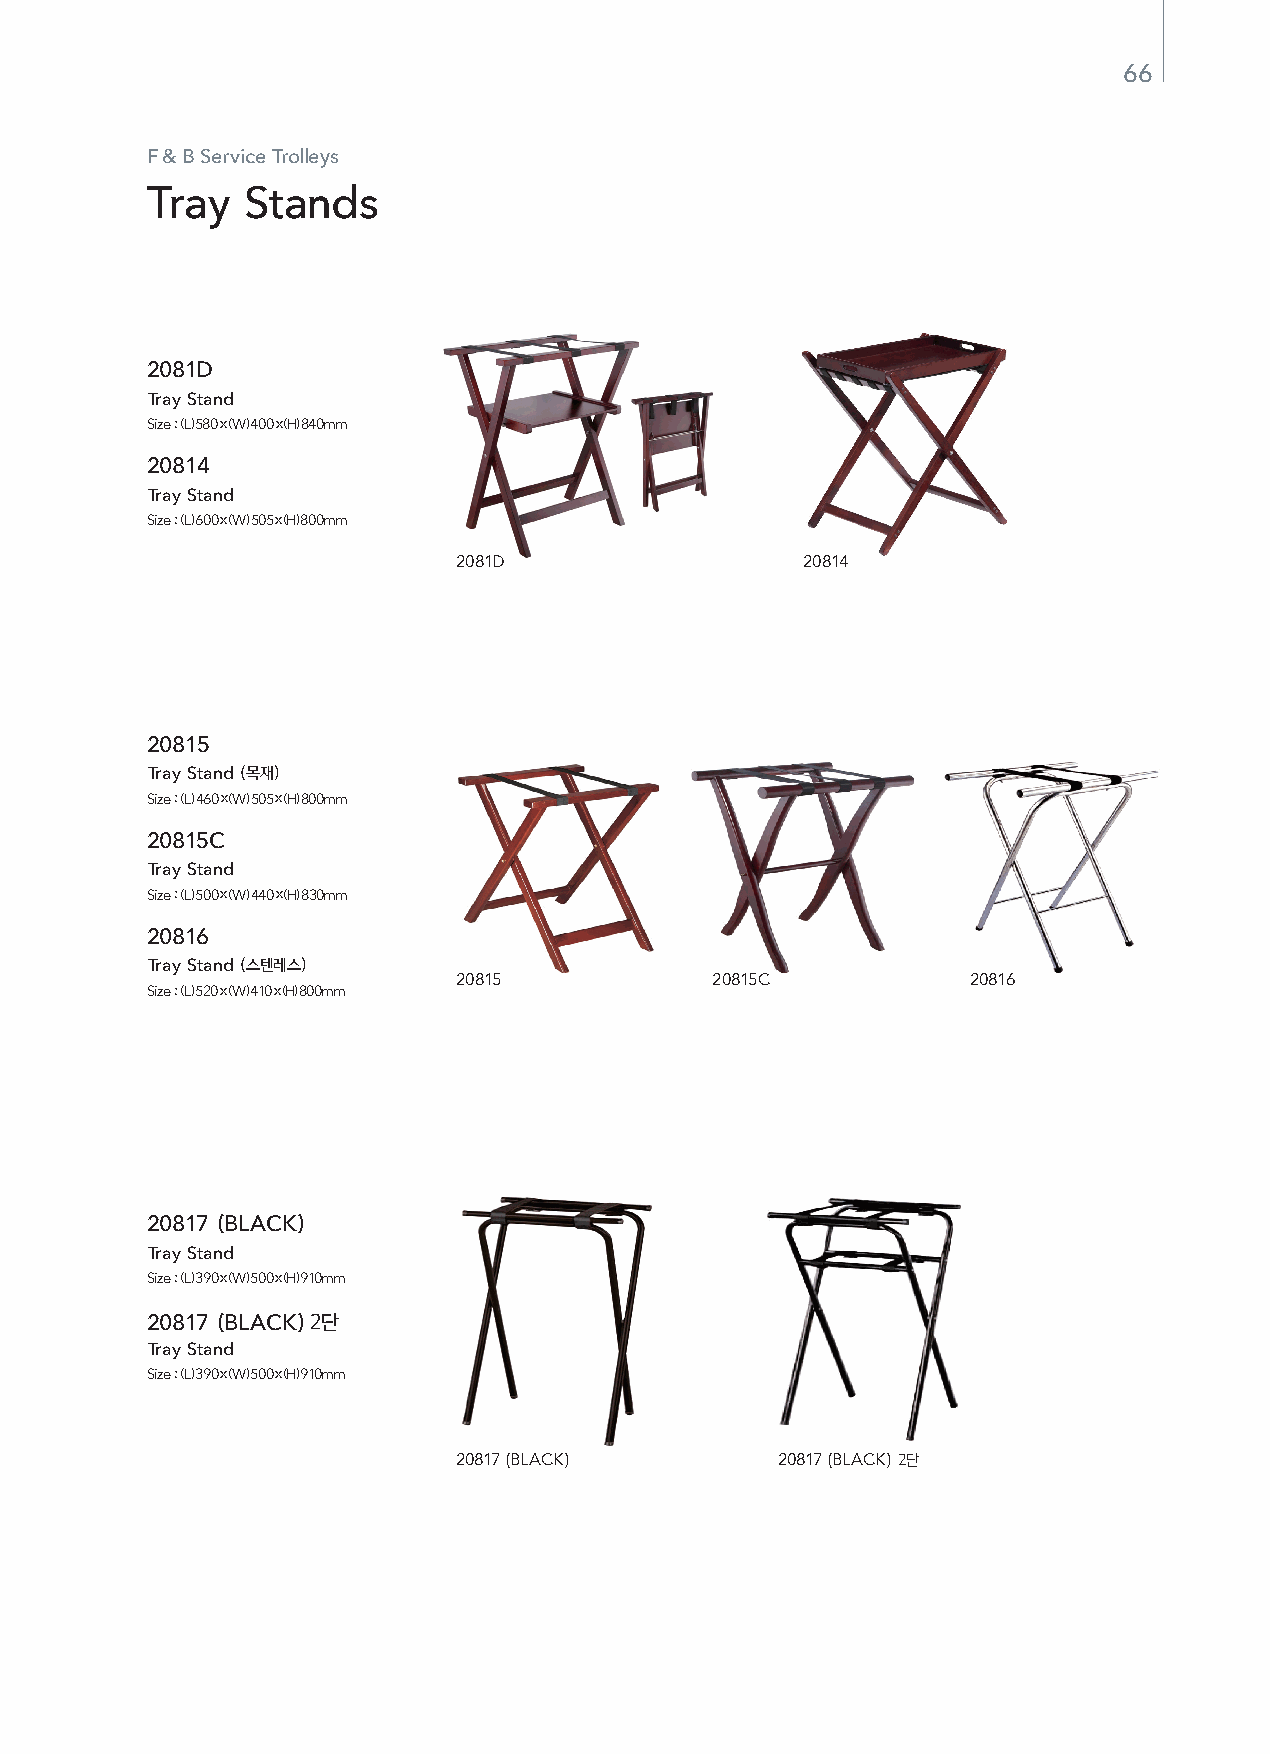
66
 F & B Service Trolleys
 Tray  Stands
 2081D
 Tray Stand
 Size : (L) 580 x (W) 400 x (H) 840mm
 Material : Titanium gold, Red Carpet
 20814
 Tray Stand
 Size : (L) 600 x (W) 505 x (H) 800mm
 Material : Stainless, Gray Carpet
 2081D                  20814
 20815
 Tray Stand(목재)
 Size : (L) 460 x (W) 505 x (H) 800mm
 Material : Titanium gold, Red Carpet
 20815C
 Tray Stand
 Size : (L) 500 x (W) 440 x (H) 830mm
 Material : Stainless, Gray Carpet
 20816
 Tray Stand(스텐레스)
 20815            20815C           20816
 Size : (L) 520 x (W) 410 x (H) 800mm
 Material : Stainless, Gray Carpet
 20817 (BLACK)
 Tray Stand
 Size : (L) 390 x (W) 500 x (H) 910mm
 Material : Titanium gold, Red Carpet
 20817 (BLACK)2단
 Tray Stand
 Size : (L) 390 x (W) 500 x (H) 910mm
 Material : Stainless, Gray Carpet
 20817 (BLACK)        20817 (BLACK) 2단